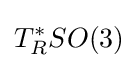
T_{R}^{*}SO(3)